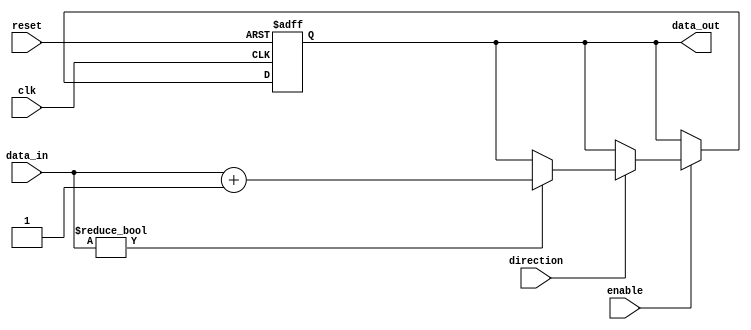
module IO_Block_Differential_Buffer (
    input wire clk,
    input wire reset,
    input wire enable,
    input wire direction,
    input wire [7:0] data_in,
    output reg [7:0] data_out
);

reg [7:0] buffered_data;

always @(posedge clk or posedge reset) begin
    if (reset) begin
        buffered_data <= 8'b0;
    end else if (enable) begin
        if (direction) begin // Transmit from external device to IC
            if (data_in != 8'b0) begin // Level shifting
                buffered_data <= data_in + 8'b1;
            end
        end else begin // Transmit from IC to external device
            buffered_data <= data_out;
        end
    end
end

assign data_out = buffered_data;

endmodule